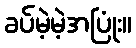
ခပ်မဲ့မဲ့အပြုံး။